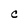
Character: C